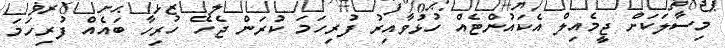
މިސާލަކަށް ޖީމެއިލް އެކައުންޓެއް ހުޅުވާއިރު ފުރިހަމަ ކުރަން ޖެހޭ ހުރިހާ ބައެއް ފުރިހަމަ